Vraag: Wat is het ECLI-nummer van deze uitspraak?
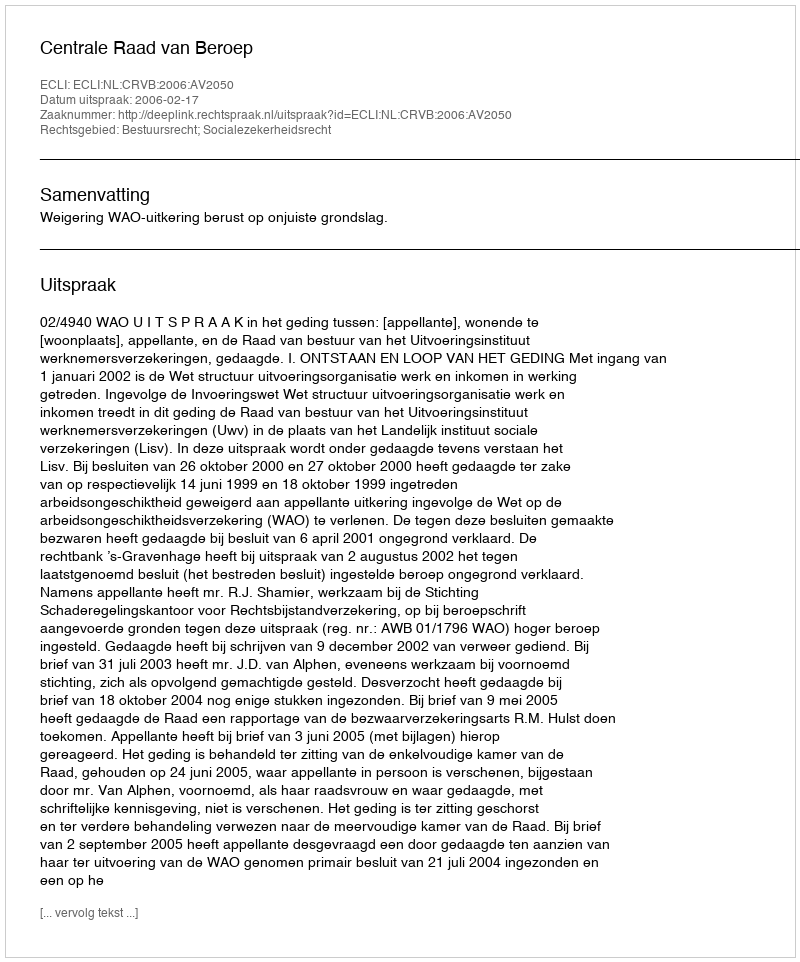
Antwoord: ECLI:NL:CRVB:2006:AV2050